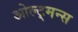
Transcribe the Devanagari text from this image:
ओल्ट्मन्स